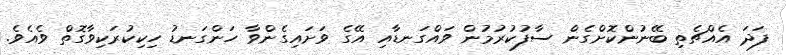
ފަދަ އެއްޗެތި ބޭނުންކޮށްގެން ސާފުކުރުމުން ވައްގަނޑާއި އޭގެ ވަށައިގެންވާ ހަންގަނޑު ހިކިކުރަކިވާގޮތް ވެއެވެ.